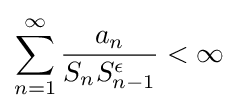
\sum _{n=1}^{\infty }{\frac {a_{n}}{S_{n}S_{n-1}^{\epsilon }}}<\infty